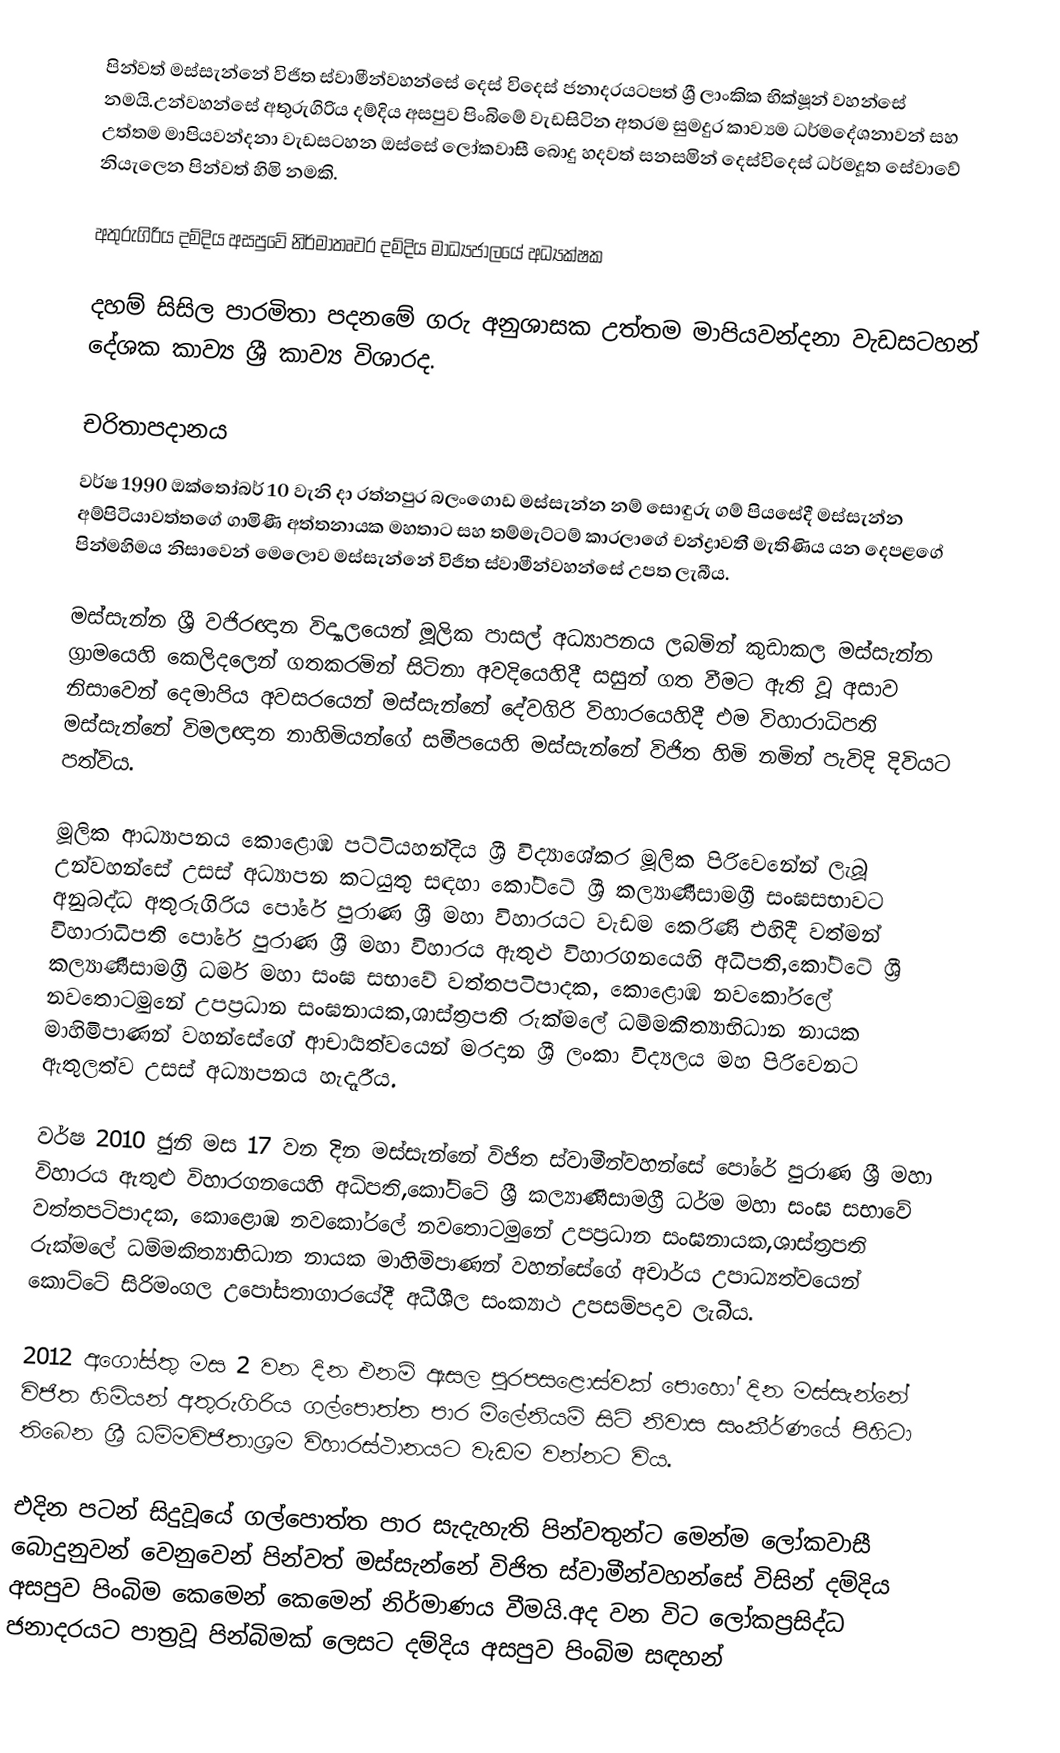
පින්වත් මස්සැන්නේ විජිත ස්වාමීන්වහන්සේ දෙස් විදෙස් ජනාදරයටපත් ශ්‍රී ලාංකික භික්ෂූන් වහන්සේ නමයි.උන්වහන්සේ අතුරුගිරිය දම්දිය අසපුව පිංබිමේ වැඩසිටින අතරම සුමදුර කාව්‍යම ධර්මදේශනාවන් සහ උත්තම මාපියවන්දනා වැඩසටහන ඔස්සේ ලෝකවාසී බොදු හදවත් සනසමින් දෙස්විදෙස් ධර්මදූත සේවාවේ නියැලෙන පින්වත් හිමි නමකි.

අතුරුගිරිය දම්දිය අසපුවේ නිර්මාතෘවර දම්දිය මාධ්‍යජාලයේ අධ්‍යක්ෂක

දහම් සිසිල පාරමිතා පදනමේ ගරු අනුශාසක උත්තම මාපියවන්දනා වැඩසටහන් දේශක කාව්‍ය ශ්‍රී කාව්‍ය විශාරද.

චරිතාපදානය
වර්ෂ 1990 ඔක්තෝබර් 10 වැනි දා රත්නපුර බලංගොඩ මස්සැන්න නම් සොඳුරු ගම් පියසේදී මස්සැන්න අම්පිටියාවත්තගේ ගාමිණී අත්තනායක මහතාට සහ තම්මැට්ටම් කාරලාගේ චන්ද්‍රාවතී මැතිණිය යන දෙපළගේ පින්මහිමය නිසාවෙන් මෙලොව මස්සැන්නේ විජිත ස්වාමීන්වහන්සේ උපත ලැබීය.

මස්සැන්න ශ්‍රී වජිරඥාන විද්‍යාලයෙන් මූලික පාසල් අධ්‍යාපනය  ලබමින් කුඩාකල මස්සැන්න ග්‍රාමයෙහි කෙලිදලෙන් ගතකරමින් සිටිනා අවදියෙහිදී සසුන් ගත වීමට ඇති වූ අසාව නිසාවෙන්  දෙමාපිය අවසරයෙන් මස්සැන්නේ දේවගිරි විහාරයෙහිදී එම විහාරාධිපති මස්සැන්නේ විමලඥාන නාහිමියන්ගේ සමීපයෙහි මස්සැන්නේ විජිත හිමි නමින් පැවිදි දිවියට පත්විය.

මූලික ආධ්‍යාපනය කොළොඹ පට්ටියහන්දිය ශ්‍රී විද්‍යාශේකර මූලික පිරිවෙනේන් ලැබූ උන්වහන්සේ උසස් අධ්‍යාපන කටයුතු සඳහා කෝට්ටේ ශ්‍රී කල්‍යාණීසාමග්‍රී සංඝසභාවට අනුබද්ධ අතුරුගිරිය පෝරේ පුරාණ ශ්‍රී මහා විහාරයට වැඩම කෙරිණි එහිදී වත්මන් විහාරාධිපති පෝරේ පුරාණ ශ්‍රී මහා විහාරය ඇතුළු විහාරගනයෙහි අධිපති,කෝට්ටේ ශ්‍රී කල්‍යාණීසාමග්‍රී ධර්ම මහා සංඝ සභාවේ වත්තපටිපාදක, කොළොඹ නවකෝරලේ නවතොටමුනේ උපප්‍රධාන සංඝනායක,ශාස්ත්‍රපති රුක්මලේ ධම්මකිත්‍යාභිධාන නායක මාහිමිපාණන් වහන්සේගේ ආචාර්‍යත්වයෙන් මරදාන ශ්‍රී ලංකා විද්‍යලය මහ පිරිවෙනට ඇතුලත්ව උසස් අධ්‍යාපනය හැදෑරීය.

වර්ෂ 2010 ජුනි මස 17 වන දින මස්සැන්නේ විජිත ස්වාමීන්වහන්සේ පෝරේ පුරාණ ශ්‍රී මහා විහාරය ඇතුළු විහාරගනයෙහි අධිපති,කෝට්ටේ ශ්‍රී කල්‍යාණීසාමග්‍රී ධර්ම මහා සංඝ සභාවේ වත්තපටිපාදක, කොළොඹ නවකෝරලේ නවතොටමුනේ උපප්‍රධාන සංඝනායක,ශාස්ත්‍රපති රුක්මලේ ධම්මකිත්‍යාභිධාන නායක මාහිමිපාණන් වහන්සේගේ අචාර්ය උපාධ්‍යත්වයෙන් කොට්ටේ සිරිමංගල උපෝසතාගාරයේදී අධීශීල සංක්‍යාථ උපසම්පදාව ලැබීය.

2012 අගෝස්තු මස 2 වන දින එනම් ඇසල පුරපසළොස්වක් පොහෝ දින මස්සැන්නේ විජිත හිමියන් අතුරුගිරිය ගල්පොත්ත පාර මිලේනියම් සිටි නිවාස සංකීර්ණයේ පිහිටා තිබෙන ශ්‍රී ධම්මවිජිතාශ්‍රම විහාරස්ථානයට වැඩම වන්නට විය.

එදින පටන් සිදුවූයේ ගල්පොත්ත පාර සැදැහැති පින්වතුන්ට මෙන්ම ලෝකවාසී බොදුනුවන් වෙනුවෙන් පින්වත් මස්සැන්නේ විජිත ස්වාමීන්වහන්සේ විසින් දම්දිය අසපුව පිංබිම කෙමෙන් කෙමෙන් නිර්මාණය වීමයි.අද වන විට ලෝකප්‍රසිද්ධ ජනාදරයට පාත්‍රවූ පින්බිමක් ලෙසට දම්දිය අසපුව පිංබිම සඳහන්